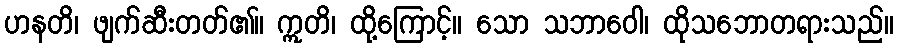
ဟနတိ၊ ဖျက်ဆီးတတ်၏။ ဣတိ၊ ထို့ကြောင့်။ သော သဘာဝေါ၊ ထိုသဘောတရားသည်။